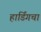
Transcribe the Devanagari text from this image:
हार्डिंगचा